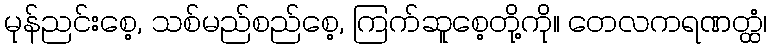
မုန်ညင်းစေ့, သစ်မည်စည်စေ့, ကြက်ဆူစေ့တို့ကို။ တေလကရဏတ္ထံ၊